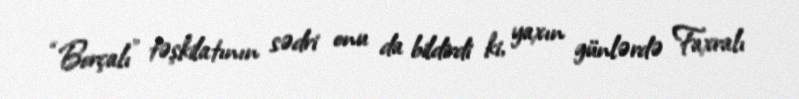
“Borçalı” təşkilatının sədri onu da bildirdi ki, yaxın günlərdə Faxralı